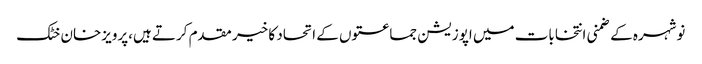
نوشہرہ کے ضمنی انتخابات میں اپوزیشن جماعتوں کے اتحاد کا خیر مقدم کرتے ہیں،پرویزخان خٹک